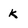
Character: k